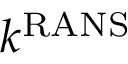
k ^ { \mathrm { R A N S } }